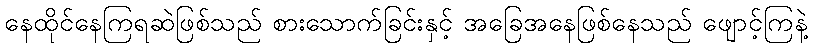
နေထိုင်နေကြရဆဲဖြစ်သည် စားသောက်ခြင်းနှင့် အခြေအနေဖြစ်နေသည် ဖျောင့်ကြနဲ့